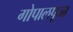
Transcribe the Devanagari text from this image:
गोपालपूजा